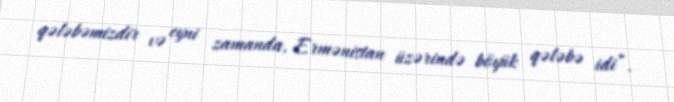
qələbəmizdir və eyni zamanda, Ermənistan üzərində böyük qələbə idi”.